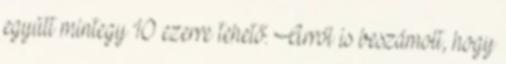
együtt mintegy 10 ezerre tehető. Arról is beszámolt, hogy